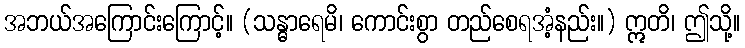
အဘယ်အကြောင်းကြောင့်။ (သန္ဓာရေမိ၊ ကောင်းစွာ တည်စေရအံ့နည်း။) ဣတိ၊ ဤသို့။